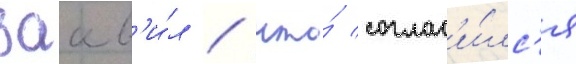
заав'и́л / что́ соглас'и́лс'я